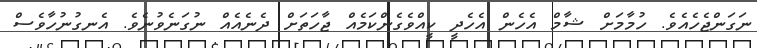
ނަގަންޖެހެއެވެ. ހުމާމަށް ޝާމް އެހެން އެހެދީ ކީއްވެގެންކަމެއް ޖާހަތަށް ދެނެއެއް ނުގަނެވުނެވެ. އެނގުނުހާވެސް